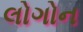
લોગોન